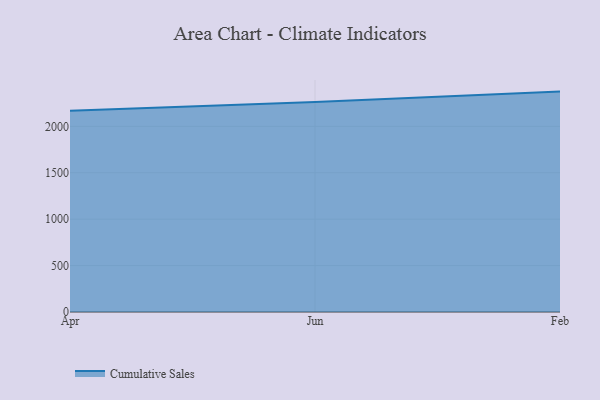
{"axis": {"x": "Month", "y": "LTV (USD)"}, "legend": ["Cumulative Sales"], "data": [{"x": "Apr", "y": 2167.3, "type": "Cumulative Sales"}, {"x": "Jun", "y": 2263.5, "type": "Cumulative Sales"}, {"x": "Feb", "y": 2374.4, "type": "Cumulative Sales"}]}